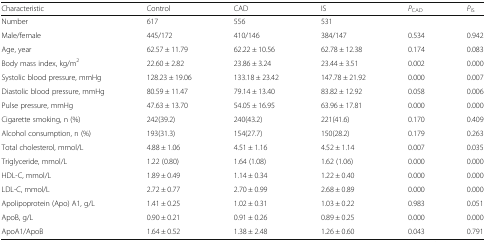
<table><thead><tr><td><b>Characteristic</b></td><td><b>Control</b></td><td><b>CAD</b></td><td><b>IS</b></td><td><b><i>P</i><sub>CAD</sub></b></td><td><b><i>P</i><sub>IS</sub></b></td></tr></thead><tbody><tr><td>Number</td><td>617</td><td>556</td><td>531</td><td></td><td></td></tr><tr><td>Male/female</td><td>445/172</td><td>410/146</td><td>384/147</td><td>0.534</td><td>0.942</td></tr><tr><td>Age, year</td><td>62.57 ± 11.79</td><td>62.22 ± 10.56</td><td>62.78 ± 12.38</td><td>0.174</td><td>0.083</td></tr><tr><td>Body mass index, kg/m<sup>2</sup></td><td>22.60 ± 2.82</td><td>23.86 ± 3.24</td><td>23.44 ± 3.51</td><td>0.002</td><td>0.000</td></tr><tr><td>Systolic blood pressure, mmHg</td><td>128.23 ± 19.06</td><td>133.18 ± 23.42</td><td>147.78 ± 21.92</td><td>0.000</td><td>0.007</td></tr><tr><td>Diastolic blood pressure, mmHg</td><td>80.59 ± 11.47</td><td>79.14 ± 13.40</td><td>83.82 ± 12.92</td><td>0.058</td><td>0.006</td></tr><tr><td>Pulse pressure, mmHg</td><td>47.63 ± 13.70</td><td>54.05 ± 16.95</td><td>63.96 ± 17.81</td><td>0.000</td><td>0.000</td></tr><tr><td>Cigarette smoking, n (%)</td><td>242(39.2)</td><td>240(43.2)</td><td>221(41.6)</td><td>0.170</td><td>0.409</td></tr><tr><td>Alcohol consumption, n (%)</td><td>193(31.3)</td><td>154(27.7)</td><td>150(28.2)</td><td>0.179</td><td>0.263</td></tr><tr><td>Total cholesterol, mmol/L</td><td>4.88 ± 1.06</td><td>4.51 ± 1.16</td><td>4.52 ± 1.14</td><td>0.007</td><td>0.035</td></tr><tr><td>Triglyceride, mmol/L</td><td>1.22 (0.80)</td><td>1.64 (1.08)</td><td>1.62 (1.06)</td><td>0.000</td><td>0.000</td></tr><tr><td>HDL-C, mmol/L</td><td>1.89 ± 0.49</td><td>1.14 ± 0.34</td><td>1.22 ± 0.40</td><td>0.000</td><td>0.000</td></tr><tr><td>LDL-C, mmol/L</td><td>2.72 ± 0.77</td><td>2.70 ± 0.99</td><td>2.68 ± 0.89</td><td>0.000</td><td>0.000</td></tr><tr><td>Apolipoprotein (Apo) A1, g/L</td><td>1.41 ± 0.25</td><td>1.02 ± 0.31</td><td>1.03 ± 0.22</td><td>0.983</td><td>0.051</td></tr><tr><td>ApoB, g/L</td><td>0.90 ± 0.21</td><td>0.91 ± 0.26</td><td>0.89 ± 0.25</td><td>0.000</td><td>0.000</td></tr><tr><td>ApoA1/ApoB</td><td>1.64 ± 0.52</td><td>1.38 ± 2.48</td><td>1.26 ± 0.60</td><td>0.043</td><td>0.791</td></tr></tbody></table>